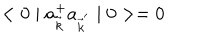
< 0 \mid a _ { \vec { k } } ^ { + } a _ { { \vec { k } } ^ { ' } } \mid 0 > = 0